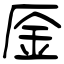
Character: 㕋